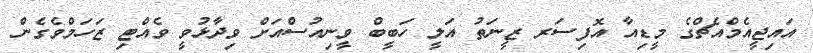
އައިޖީއެމްއެޗްގެ މީޑިއާ އޮފިސަރ ޒީނަތު އަލީ ހަބީބް ވީނިއުސްއަށް ވިދާޅުވީ ވެއްޓި ޒަހަމްވެގެން